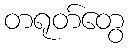
တရုတ်တွေ